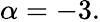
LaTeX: \alpha=-3.